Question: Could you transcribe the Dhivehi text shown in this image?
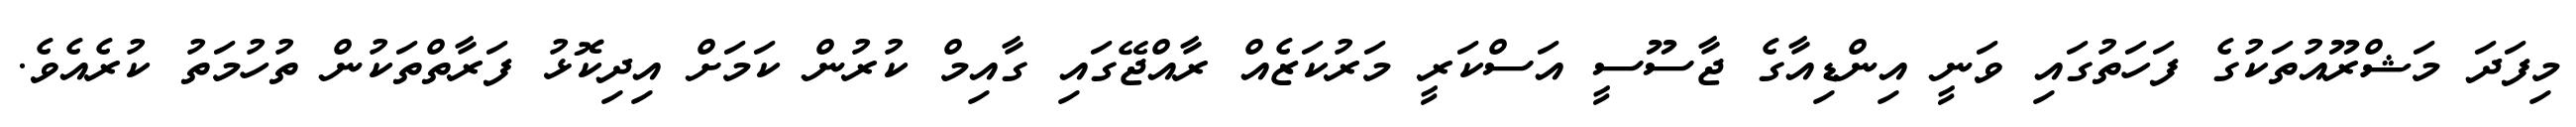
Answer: މިފަދަ މަޝްރޫއުތަކުގެ ފަހަތުގައި ވަނީ އިންޑިއާގެ ޖާސޫސީ އަސްކަރީ މަރުކަޒެއް ރާއްޖޭގައި ގާއިމް ކުރުން ކަމަށް އިދިކޮޅު ފަރާތްތަކުން ތުހުމަތު ކުރެއެވެ.